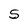
Character: S